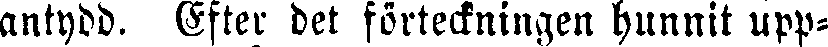
antydd. Efter det förteckningen hunnit upp-